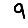
Digit: 9